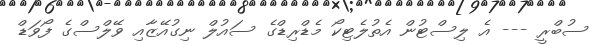
ސުބްރީ --- އެ ލިސްޓުން އެތުލެޓިކޯ މެޑްރިޑްގެ ސައުލް ނިގުއޭޒާއި ވޭލްސްގެ ފޯވަޑް